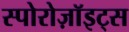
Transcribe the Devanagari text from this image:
स्पोरोज़ॉइट्स